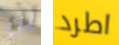
لن اطرد